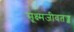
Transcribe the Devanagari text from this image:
सूक्ष्मजीवतज्ज्ञ